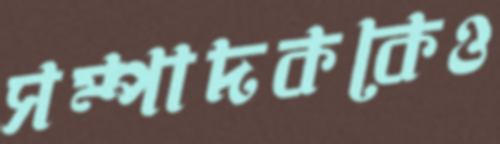
সম্পাদককেও